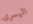
اليسرى